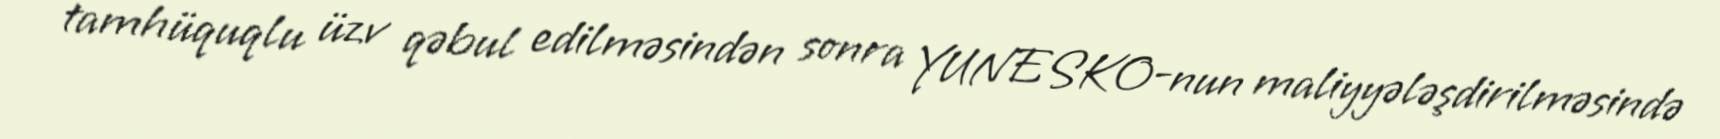
tamhüquqlu üzv qəbul edilməsindən sonra YUNESKO-nun maliyyələşdirilməsində